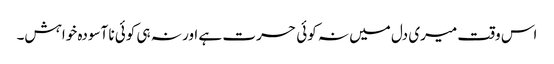
اس وقت میری دل میں نہ کوئی حسرت ہے اور نہ ہی کوئی نا آسودہ خواہش۔